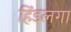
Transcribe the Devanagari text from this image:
हिंडलगा